画像に写った文字を読んでください
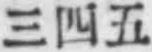
「三四五」と書いてあります